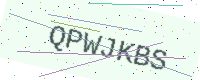
Text: QPWJKBS